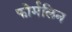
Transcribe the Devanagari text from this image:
फोर्मलिन